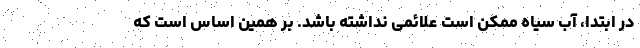
در ابتدا، آب سیاه ممکن است علائمی نداشته باشد. بر همین اساس است که